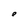
Character: p